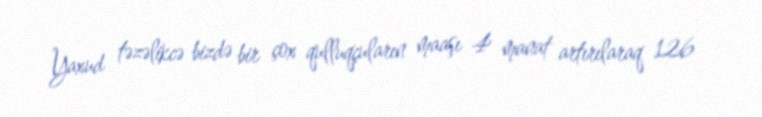
Yaxud təzəlikcə bizdə bir çox qulluqçuların maaşı 4 manat artırılaraq 126